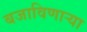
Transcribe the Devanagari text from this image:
बजाविणार्‍या